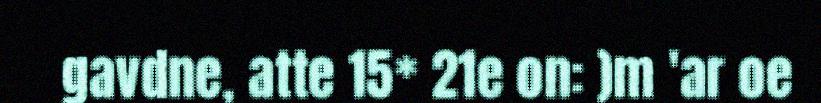
gavdne, atte 15* 21e on: )m 'ar oe